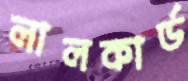
লালকার্ড